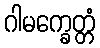
ဂါမက္ခေတ္တံ